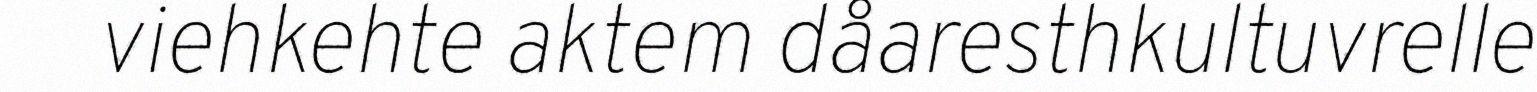
viehkehte aktem dåaresthkultuvrelle